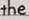
the